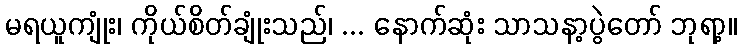
မရယူကျုံး၊ ကိုယ်စိတ်ချုံးသည်၊ ... နောက်ဆုံး သာသနာ့ပွဲတော် ဘုရာ့။